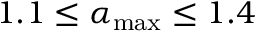
1 . 1 \leq \alpha _ { \mathrm { m a x } } \leq 1 . 4